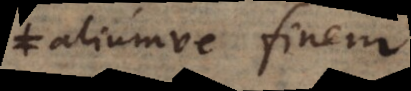
ac aliumve finem